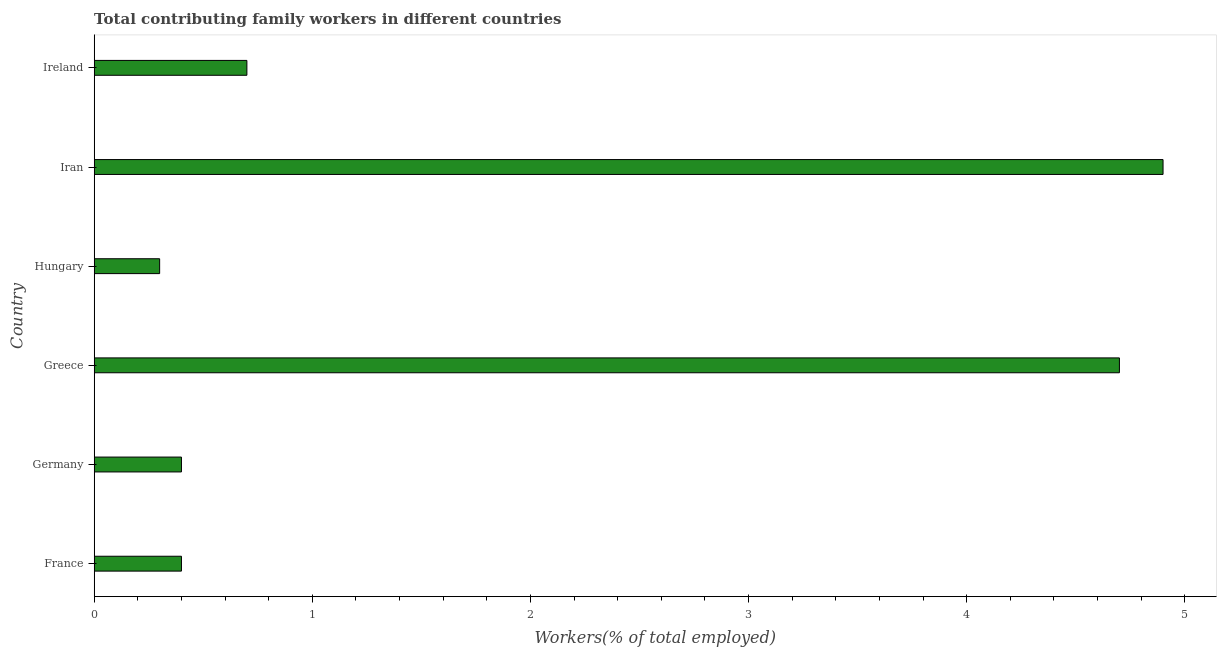
| Country | Contributing family workers |
 | --- | --- |
 | France | 0.4 |
 | Germany | 0.4 |
 | Greece | 4.7 |
 | Hungary | 0.3 |
 | Iran | 4.9 |
 | Ireland | 0.7 |